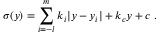
\sigma ( y ) = \sum _ { i = - l } ^ { m } k _ { i } | y - y _ { i } | + k _ { c } y + c ~ . ~ \,